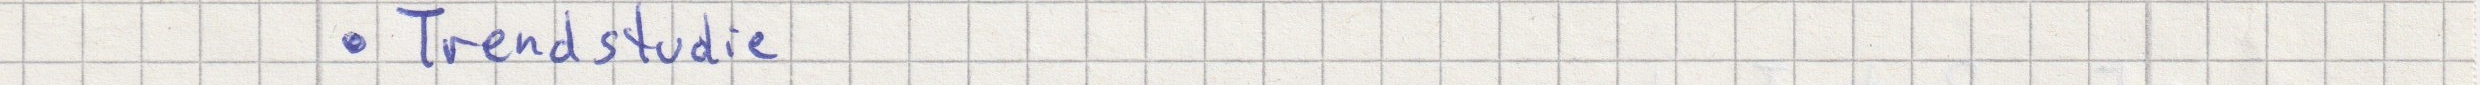
- Trendstudie